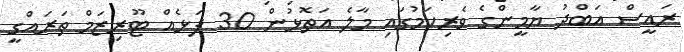
ރައީސް އަބްދު ޔާމީންގެ ވެރިކަމުގައި މާލެ އަތޮޅުން 30 ފަޅެއް ޓޫރިޒަމް ތަރައްގީ